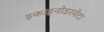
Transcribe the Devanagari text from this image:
इकाइनोडरमेटा